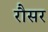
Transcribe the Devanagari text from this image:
रौसर